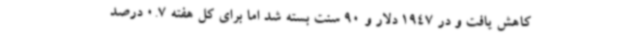
کاهش یافت و در 1947 دلار و 90 سنت بسته شد اما برای کل هفته 0.7 درصد